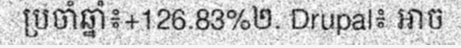
ប្រចាំឆ្នាំ៖+126.83%២. Drupal៖ អាច